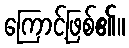
ကြောင့်ဖြစ်၏။